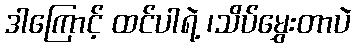
ဒါကြောင့် ထင်ပါရဲ့ ၊သိပ်မွှေးတာပဲ